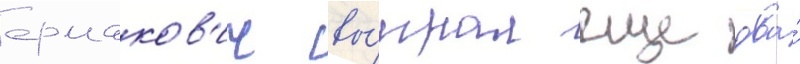
ермаков'ич вы́играл еще два́